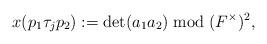
LaTeX: \begin{align*} x(p_1 \tau_j p_2) := \det(a_1 a_2) \bmod (F^{\times})^2,\end{align*}